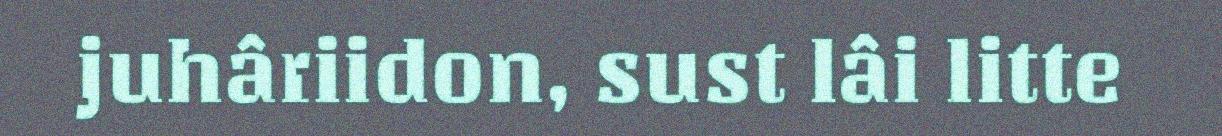
juhâriidon, sust lâi litte